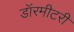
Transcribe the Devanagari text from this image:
डॉरमीटरी